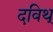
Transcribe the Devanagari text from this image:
दविथ्